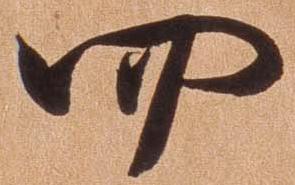
四